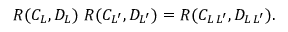
R ( C _ { L } , D _ { L } ) \; R ( C _ { L ^ { \prime } } , D _ { L ^ { \prime } } ) = R ( C _ { L \, L ^ { \prime } } , D _ { L \, L ^ { \prime } } ) .